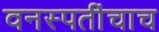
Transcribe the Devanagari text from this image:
वनस्पतींचाच